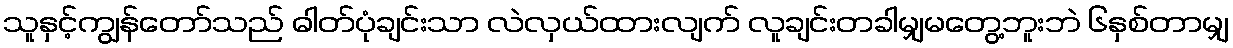
သူနှင့်ကျွန်တော်သည် ဓါတ်ပုံချင်းသာ လဲလှယ်ထားလျက် လူချင်းတခါမျှမတွေ့ဘူးဘဲ ၆နှစ်တာမျှ